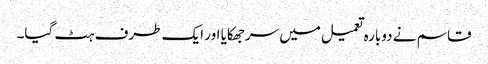
قاسم نے دوبارہ تعمیل میں سرجھکایا اور ایک طرف ہٹ گیا۔